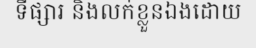
ទីផ្សារ និងលក់ខ្លួនឯងដោយ